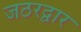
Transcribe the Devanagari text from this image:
जठरद्वार